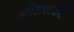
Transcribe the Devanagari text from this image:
अस्तित्ववादाची